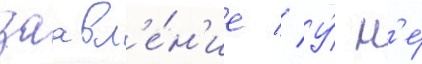
заавл'е́н'ие // У́ н'е́